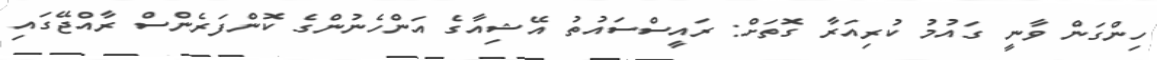
ހިންގަން ވާނީ ގައުމު ކުރިއަރާ ގޮތަށް: ރައީސްސައުތު އޭޝިއާގެ އަންހެނުންގެ ކޮންފަރެންސް ރާއްޖޭގައި